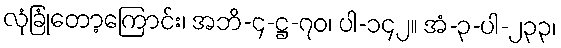
လုံခြုံတော့ကြောင်း၊ အဘိ-၄-ဋ္ဌ-၇၀၊ ပါ-၁၄၂။ အံ-၃-ပါ-၂၃၃၊